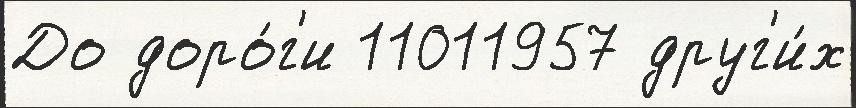
До доро́г'и 11011957 друг'и́х